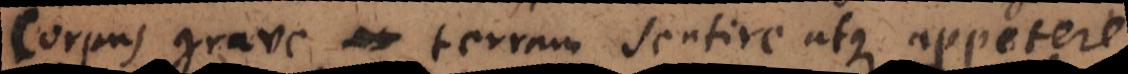
corpus grave terram sentire atque appetere,